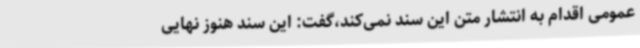
عمومی اقدام به انتشار متن این سند نمی‌کند،گفت: این سند هنوز نهایی